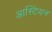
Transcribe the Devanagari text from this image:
आस्टिंयन